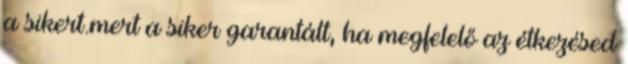
a sikert.mert a siker garantált, ha megfelelő az étkezésed